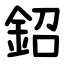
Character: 鉊